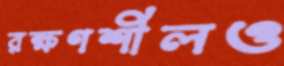
রক্ষণশীলও